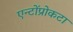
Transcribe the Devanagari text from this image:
एन्टोंप्रोकटा